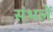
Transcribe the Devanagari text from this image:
संभलें